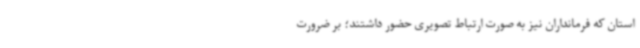
استان که فرمانداران نیز به صورت ارتباط تصویری حضور داشتند؛ بر ضرورت